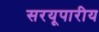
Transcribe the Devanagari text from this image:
सरयूपारीय